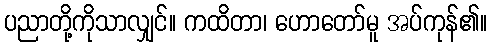
ပညာတို့ကိုသာလျှင်။ ကထိတာ၊ ဟောတော်မူ အပ်ကုန်၏။